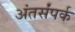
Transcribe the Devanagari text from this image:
अंतर्संपर्क